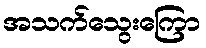
အသက်သွေးကြော